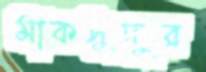
মাকসুদুর